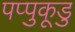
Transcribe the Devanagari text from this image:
पप्पुकूडु